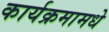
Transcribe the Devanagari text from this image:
कार्यक्रमामधे